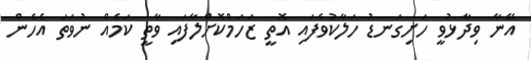
އޭނާ ވިދާޅުވީ ހަށިގަނޑު ހަލާކުވެފައި އޮތީ ޒަހަމްކޮށްލާފައި ވާތީ ކަމެއް ނުވަތަ އެހެން